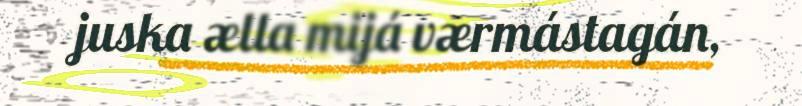
juska ælla mijá værmástagán,